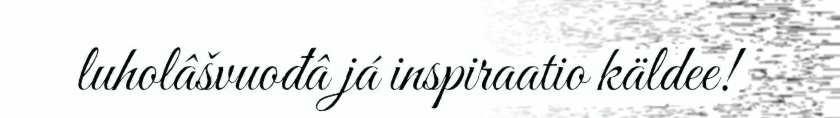
luholâšvuođâ já inspiraatio käldee!